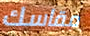
مقاسك